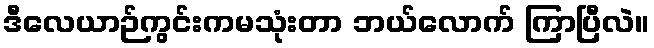
ဒီလေယာဉ်ကွင်းကမသုံးတာ ဘယ်လောက် ကြာပြီလဲ။